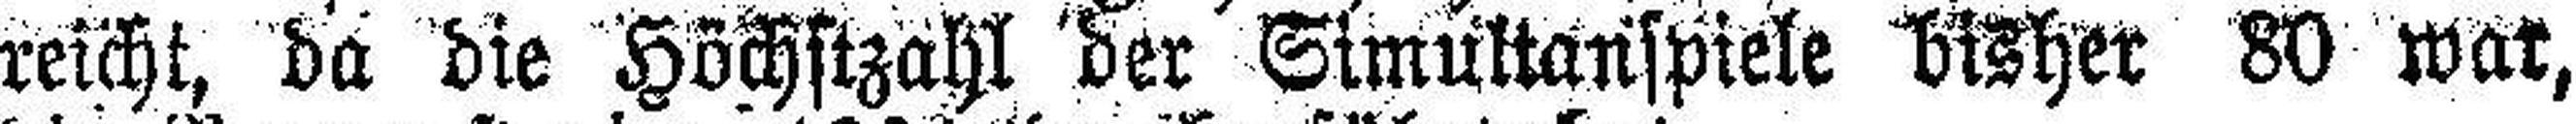
reicht, da die Höchstzahl der Simultanspiele bisher 80 war,